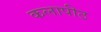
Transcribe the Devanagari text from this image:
कलापीठ